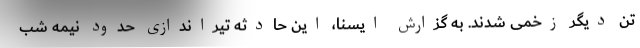
تن دیگر زخمی شدند. به گزارش ایسنا، این حادثه تیراندازی حدود نیمه شب